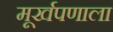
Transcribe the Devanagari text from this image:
मूर्खपणाला